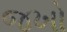
જખો